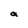
Character: a